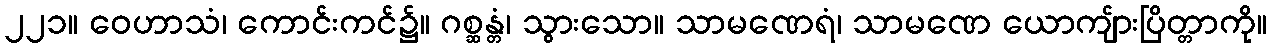
၂၂၁။ ဝေဟာသံ၊ ကောင်းကင်၌။ ဂစ္ဆန္တံ၊ သွားသော။ သာမဏေရံ၊ သာမဏေ ယောကျ်ားပြိတ္တာကို။